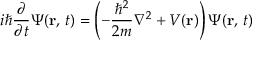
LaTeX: i \hbar { \frac { \partial } { \partial t } } \Psi ( \mathbf { r } , \, t ) = \left( - { \frac { \hbar ^ { 2 } } { 2 m } } \nabla ^ { 2 } + V ( \mathbf { r } ) \right) \Psi ( \mathbf { r } , \, t )